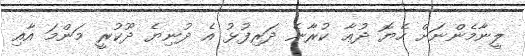
ލީނާމެންނަށް ހެޔޮ ދުޢާ ކުރާނެ ދަރިފުޅު އެ ދުނިޔެ ދޫކުރީ މަންމަ އާއި